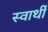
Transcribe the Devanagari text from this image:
स्‍वार्थी